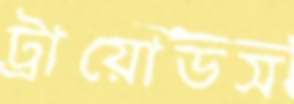
ট্রায়োডস